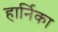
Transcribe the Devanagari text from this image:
हार्निका